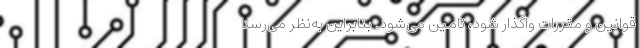
قوانین و مقررات واگذار شود، تامین می‌شود. بنابراین به‌نظر می‌رسد